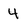
Character: 4